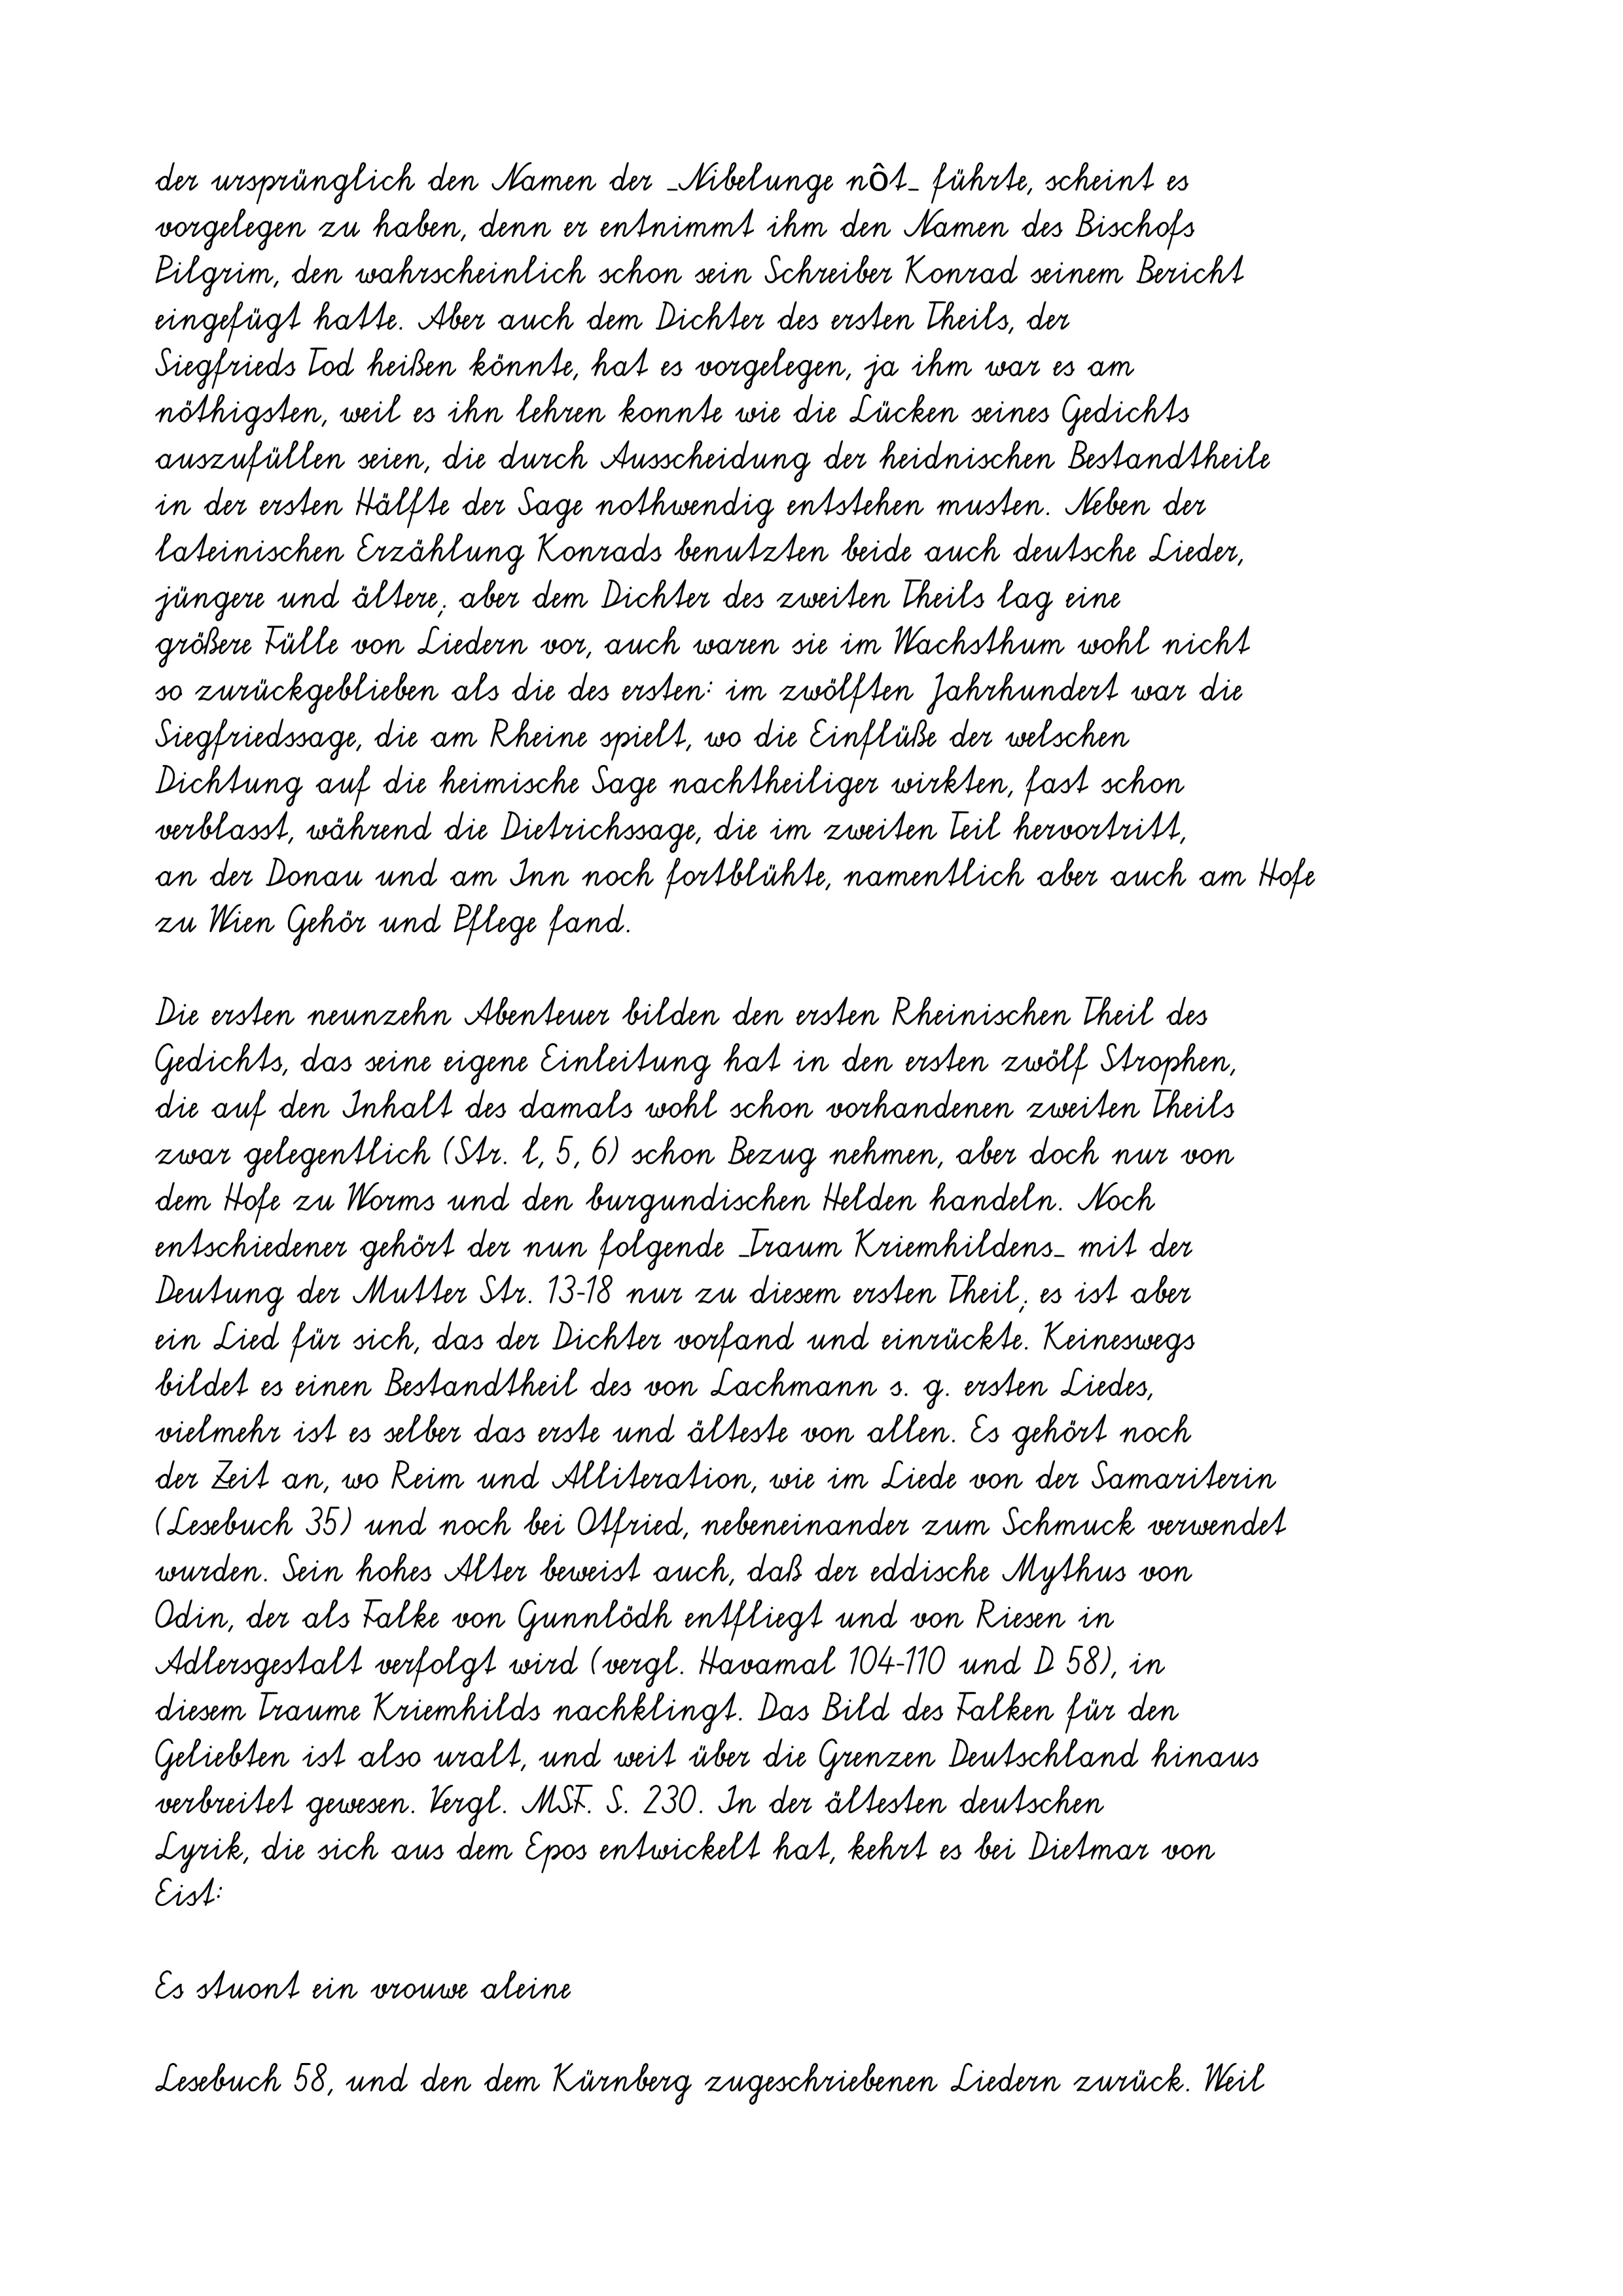
der ursprünglich den Namen der _Nibelunge nôt_ führte, scheint es
vorgelegen zu haben, denn er entnimmt ihm den Namen des Bischofs
Pilgrim, den wahrscheinlich schon sein Schreiber Konrad seinem Bericht
eingefügt hatte. Aber auch dem Dichter des ersten Theils, der
Siegfrieds Tod heißen könnte, hat es vorgelegen, ja ihm war es am
nöthigsten, weil es ihn lehren konnte wie die Lücken seines Gedichts
auszufüllen seien, die durch Ausscheidung der heidnischen Bestandtheile
in der ersten Hälfte der Sage nothwendig entstehen musten. Neben der
lateinischen Erzählung Konrads benutzten beide auch deutsche Lieder,
jüngere und ältere; aber dem Dichter des zweiten Theils lag eine
größere Fülle von Liedern vor, auch waren sie im Wachsthum wohl nicht
so zurückgeblieben als die des ersten: im zwölften Jahrhundert war die
Siegfriedssage, die am Rheine spielt, wo die Einflüße der welschen
Dichtung auf die heimische Sage nachtheiliger wirkten, fast schon
verblasst, während die Dietrichssage, die im zweiten Teil hervortritt,
an der Donau und am Inn noch fortblühte, namentlich aber auch am Hofe
zu Wien Gehör und Pflege fand.
Die ersten neunzehn Abenteuer bilden den ersten Rheinischen Theil des
Gedichts, das seine eigene Einleitung hat in den ersten zwölf Strophen,
die auf den Inhalt des damals wohl schon vorhandenen zweiten Theils
zwar gelegentlich (Str. l, 5, 6) schon Bezug nehmen, aber doch nur von
dem Hofe zu Worms und den burgundischen Helden handeln. Noch
entschiedener gehört der nun folgende _Traum Kriemhildens_ mit der
Deutung der Mutter Str. 13-18 nur zu diesem ersten Theil; es ist aber
ein Lied für sich, das der Dichter vorfand und einrückte. Keineswegs
bildet es einen Bestandtheil des von Lachmann s. g. ersten Liedes,
vielmehr ist es selber das erste und älteste von allen. Es gehört noch
der Zeit an, wo Reim und Alliteration, wie im Liede von der Samariterin
(Lesebuch 35) und noch bei Otfried, nebeneinander zum Schmuck verwendet
wurden. Sein hohes Alter beweist auch, daß der eddische Mythus von
Odin, der als Falke von Gunnlödh entfliegt und von Riesen in
Adlersgestalt verfolgt wird (vergl. Havamal 104-110 und D 58), in
diesem Traume Kriemhilds nachklingt. Das Bild des Falken für den
Geliebten ist also uralt, und weit über die Grenzen Deutschland hinaus
verbreitet gewesen. Vergl. MSF. S. 230. In der ältesten deutschen
Lyrik, die sich aus dem Epos entwickelt hat, kehrt es bei Dietmar von
Eist:
Es stuont ein vrouwe aleine
Lesebuch 58, und den dem Kürnberg zugeschriebenen Liedern zurück. Weil